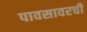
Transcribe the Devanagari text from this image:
पावसावरची